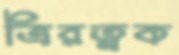
ত্রিরত্নক